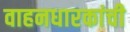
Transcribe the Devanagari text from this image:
वाहनधारकांची